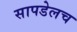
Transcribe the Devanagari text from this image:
सापडेलच